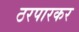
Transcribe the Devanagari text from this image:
ठरपारकर